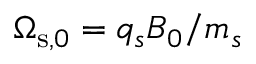
\Omega _ { \mathrm { s } , 0 } = q _ { s } B _ { 0 } / m _ { s }